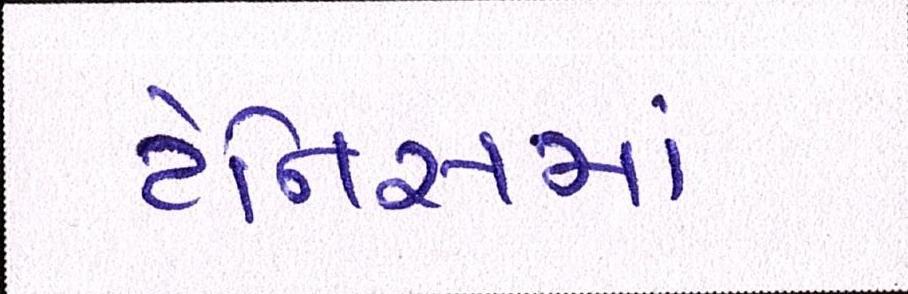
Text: ટેનિસમાં